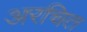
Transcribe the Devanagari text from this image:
अरचित